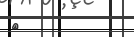
٤